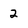
Character: 2